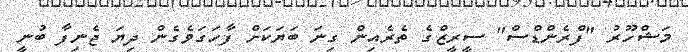
މަޝްހޫރު "ފްރެންޑްސް" ސީރީޒްގެ ތެރެއިން ގިނަ ބަޔަކަށް ފާހަަގަވެގެން ދިޔަ ޖެނިފާ ބުނީ